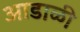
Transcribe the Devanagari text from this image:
आडाळी